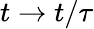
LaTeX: t\to t/\tau